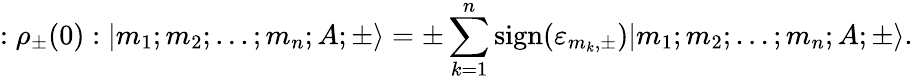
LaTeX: :{\rho}_{\pm}(0):|m_{1};m_{2};...;m_{n};A;\pm\rangle=\pm\sum_{k=1}^{n}\mathrm{sign}({\varepsilon}_{m_{k},\pm})|m_{1};m_{2};...;m_{n};A;\pm\rangle.